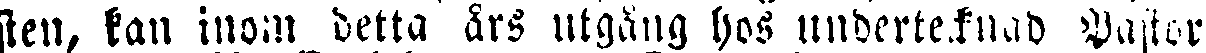
sten, kan inom detta års utgång hos undertecknad Pastor